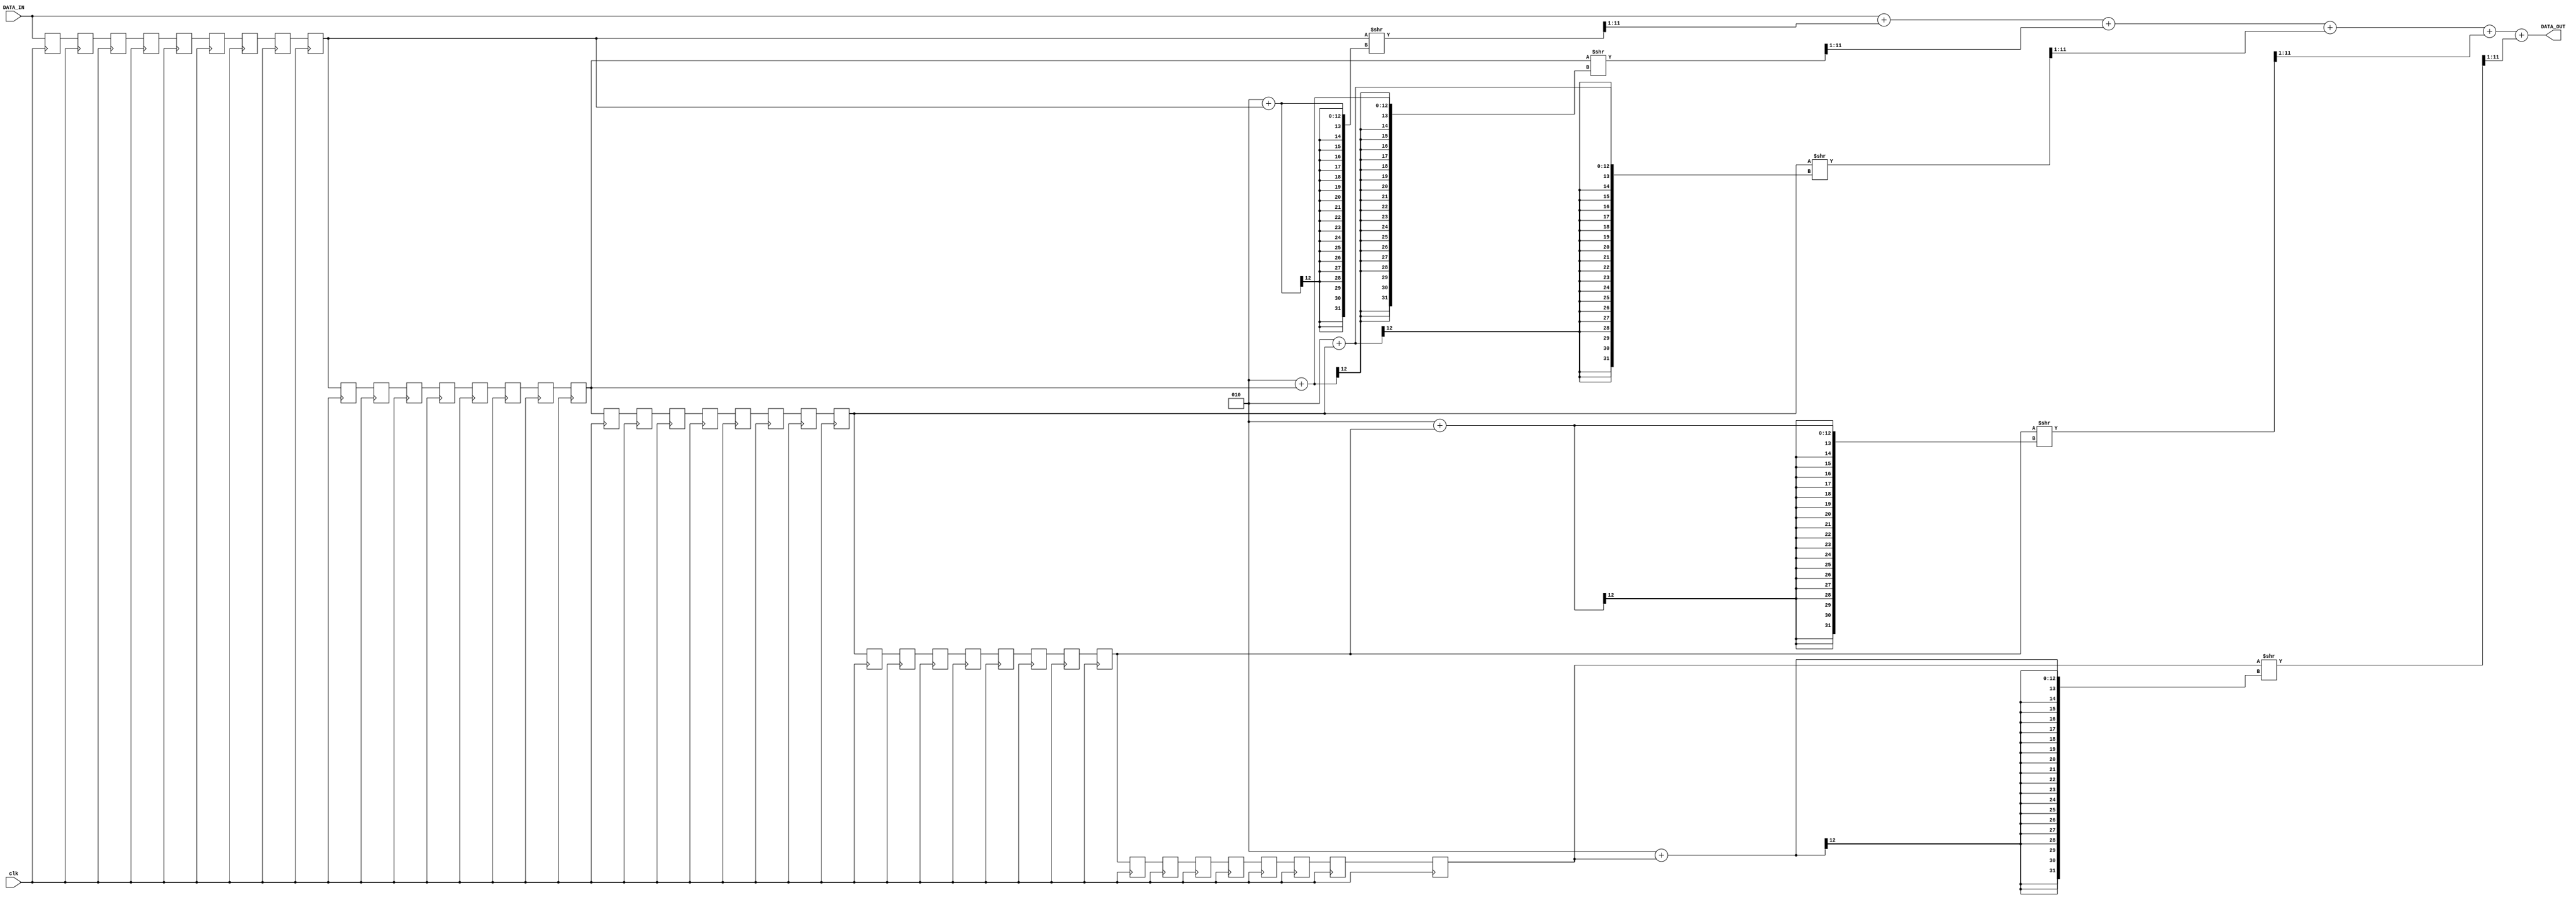
`timescale 1ns / 1ps
//////////////////////////////////////////////////////////////////////////////////
// Company: 
// Engineer: 
// 
// Design Name: 
// Module Name:    IN_IIR 
// Project Name: 
// Target Devices: 
// Tool versions: 
// Description: 
//
// Dependencies: 
//
// Revision: 
// Revision 0.01 - File Created
// Additional Comments: 
//
//////////////////////////////////////////////////////////////////////////////////
module REVERB(clk, DATA_IN, DATA_OUT);

input clk;
input[11:0] DATA_IN;
output reg[11:0] DATA_OUT;

//wire signed[11:0] DATA_IN;

reg signed[11:0] IN[40:0];

initial begin

DATA_OUT = 12'b000000000000;
IN[0] = 12'b000000000000;
IN[1] = 12'b000000000000;
IN[2] = 12'b000000000000;
IN[3] = 12'b000000000000;
IN[4] = 12'b000000000000;
IN[5] = 12'b000000000000;
IN[6] = 12'b000000000000;
IN[7] = 12'b000000000000;
IN[8] = 12'b000000000000;
IN[9] = 12'b000000000000;
IN[10] = 12'b000000000000;
IN[11] = 12'b000000000000;
IN[12] = 12'b000000000000;
IN[13] = 12'b000000000000;
IN[14] = 12'b000000000000;
IN[15] = 12'b000000000000;
IN[16] = 12'b000000000000;
IN[17] = 12'b000000000000;
IN[18] = 12'b000000000000;
IN[19] = 12'b000000000000;
IN[20] = 12'b000000000000;
IN[21] = 12'b000000000000;
IN[22] = 12'b000000000000;
IN[23] = 12'b000000000000;
IN[24] = 12'b000000000000;
IN[25] = 12'b000000000000;
IN[26] = 12'b000000000000;
IN[27] = 12'b000000000000;
IN[28] = 12'b000000000000;
IN[29] = 12'b000000000000;
IN[30] = 12'b000000000000;
IN[31] = 12'b000000000000;
IN[32] = 12'b000000000000;
IN[33] = 12'b000000000000;
IN[34] = 12'b000000000000;
IN[35] = 12'b000000000000;
IN[36] = 12'b000000000000;
IN[37] = 12'b000000000000;
IN[38] = 12'b000000000000;
IN[39] = 12'b000000000000;
IN[40] = 12'b000000000000;

end

always@(DATA_IN)
begin
	DATA_OUT = DATA_IN + (IN[8]>>2 + IN[8]>>1)  + (IN[16]>>2 + IN[16]>>1)
	 + (IN[24]>>2 + IN[24]>>1) + (IN[32]>>2 + IN[32]>>1)  + (IN[40]>>2 + IN[40]>>1);
end

always@(posedge clk)
begin
	
		IN[0] <= DATA_IN;
		IN[1] <= IN[0];
		IN[2] <= IN[1];
		IN[3] <= IN[2];
		IN[4] <= IN[3];
		IN[5] <= IN[4];
		IN[6] <= IN[5];
		IN[7] <= IN[6];
		IN[8] <= IN[7];
		IN[9] <= IN[8];
		IN[10] <= IN[9];
		IN[11] <= IN[10];
		IN[12] <= IN[11];
		IN[13] <= IN[12];
		IN[14] <= IN[13];
		IN[15] <= IN[14];
		IN[16] <= IN[15];
		IN[17] <= IN[16];
		IN[18] <= IN[17];
		IN[19] <= IN[18];
		IN[20] <= IN[19];
		IN[21] <= IN[20];
        IN[22] <= IN[21];
        IN[23] <= IN[22];
        IN[24] <= IN[23];
        IN[25] <= IN[24];
        IN[26] <= IN[25];
        IN[27] <= IN[26];
        IN[28] <= IN[27];
        IN[29] <= IN[28];
        IN[30] <= IN[29];
        IN[31] <= IN[30];
        IN[32] <= IN[31];
        IN[33] <= IN[32];
        IN[34] <= IN[33];
        IN[35] <= IN[34];
        IN[36] <= IN[35];
        IN[37] <= IN[36];
        IN[38] <= IN[37];
        IN[39] <= IN[38];
        IN[40] <= IN[39];

end
endmodule